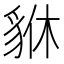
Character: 貅